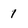
Character: 1